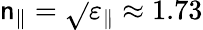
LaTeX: \mathsf{n}_{\parallel}=\sqrt{}{{\varepsilon_{\parallel}}}\approx1.73